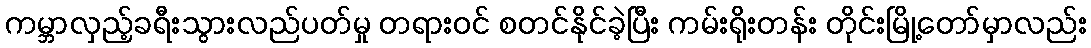
ကမ္ဘာလှည့်ခရီးသွားလည်ပတ်မှု တရားဝင် စတင်နိုင်ခဲ့ပြီး ကမ်းရိုးတန်း တိုင်းမြို့တော်မှာလည်း